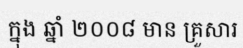
ក្នុង ឆ្នាំ ២០០៨ មាន គ្រួសារ